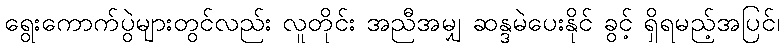
ရွေးကောက်ပွဲများတွင်လည်း လူတိုင်း အညီအမျှ ဆန္ဒမဲပေးနိုင် ခွင့် ရှိရမည့်အပြင်၊